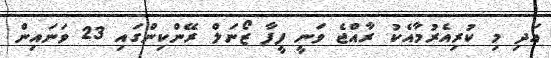
އަދި މި ކުރިއެރުމާއެކު ރާއްޖެ ވަނީ ފީފާ ޒޯނަލް ރޭންކިންގައި 23 ވަނައިން